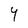
Character: 4